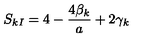
S _ { k I } = 4 - \frac { 4 \beta _ { k } } { a } + 2 \gamma _ { k }